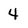
Character: 4